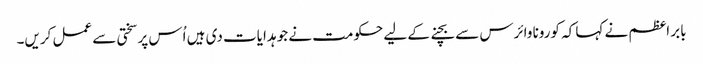
بابر اعظم نے کہا کہ کورونا وائرس سے بچنے کے لیے حکومت نے جو ہدایات دی ہیں اُس پر سختی سے عمل کریں۔